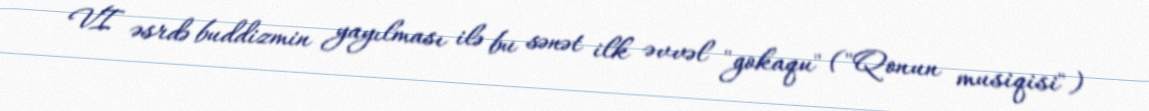
VI əsrdə buddizmin yayılması ilə bu sənət ilk əvvəl "gokaqu" ("Qonun musiqisi")